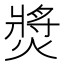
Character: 𤍵